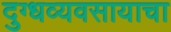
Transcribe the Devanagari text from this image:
दुग्धव्यवसायाचा